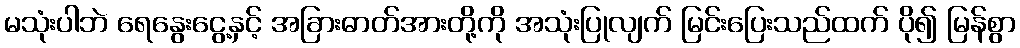
မသုံးပါဘဲ ရေနွေးငွေ့နှင့် အခြားဓာတ်အားတို့ကို အသုံးပြုလျက် မြင်းပြေးသည်ထက် ပို၍ မြန်စွာ